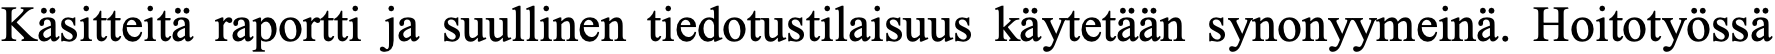
Käsitteitä raportti ja suullinen tiedotustilaisuus käytetään synonyymeinä. Hoitotyössä